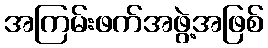
အကြမ်းဖက်အဖွဲ့အဖြစ်